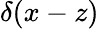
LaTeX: \delta(x-z)